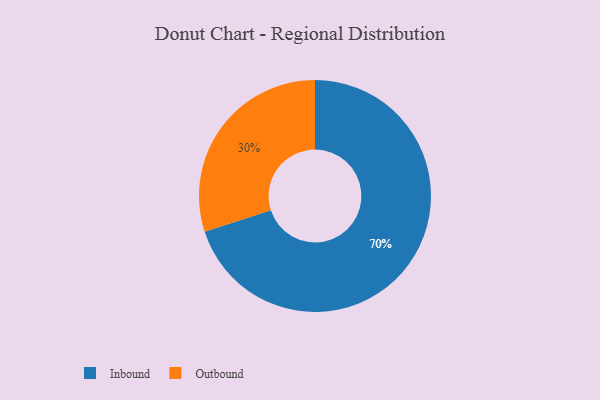
{"axis": {"x": "Category", "y": "Percentage"}, "legend": ["Inbound", "Outbound"], "data": [{"x": "Inbound", "y": 70, "type": "Inbound"}, {"x": "Outbound", "y": 30, "type": "Outbound"}]}